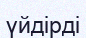
үйдірді